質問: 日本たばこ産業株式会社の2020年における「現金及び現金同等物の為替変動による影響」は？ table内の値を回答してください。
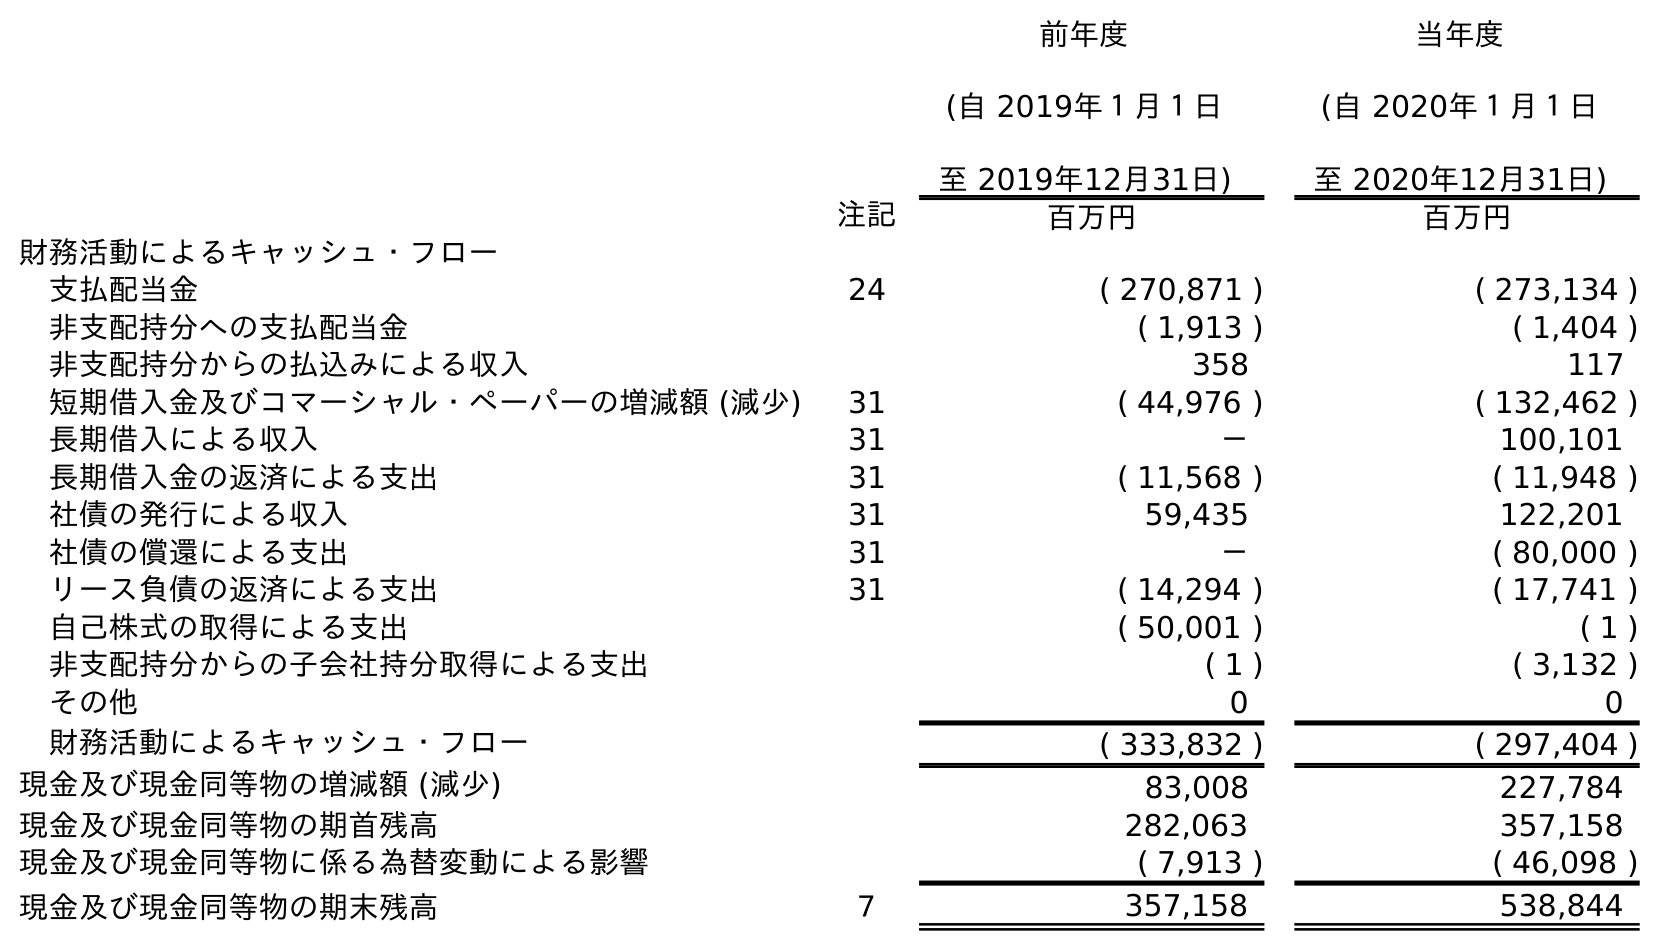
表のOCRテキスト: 前年度 (自 2019年１月１日 至 2019年12月31日) 当年度 (自 2020年１月１日 至 2020年12月31日) 注記 百万円 百万円 財務活動によるキャッシュ・フロー 支払配当金 24 ( 270,871 ) ( 273,134 ) 非支配持分への支払配当金 ( 1,913 ) ( 1,404 ) 非支配持分からの払込みによる収入 358 117 短期借入金及びコマーシャル・ペーパーの増減額 (減少) 31 ( 44,976 ) ( 132,462 ) 長期借入による収入 31 － 100,101 長期借入金の返済による支出 31 ( 11,568 ) ( 11,948 ) 社債の発行による収入 31 59,435 122,201 社債の償還による支出 31 － ( 80,000 ) リース負債の返済による支出 31 ( 14,294 ) ( 17,741 ) 自己株式の取得による支出 ( 50,001 ) ( 1 ) 非支配持分からの子会社持分取得による支出 ( 1 ) ( 3,132 ) その他 0 0 財務活動によるキャッシュ・フロー ( 333,832 ) ( 297,404 ) 現金及び現金同等物の増減額 (減少) 83,008 227,784 現金及び現金同等物の期首残高 282,063 357,158 現金及び現金同等物に係る為替変動による影響 ( 7,913 ) ( 46,098 ) 現金及び現金同等物の期末残高 ７ 357,158 538,844
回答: (46,098)